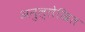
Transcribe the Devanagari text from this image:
अनुल्लेखित